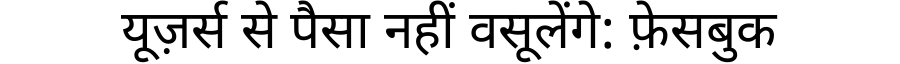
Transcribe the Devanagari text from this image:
यूज़र्स से पैसा नहीं वसूलेंगे: फ़ेसबुक